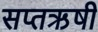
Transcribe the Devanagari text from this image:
सप्तऋषी